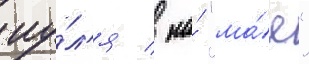
иу́л'я / на́ "ма́е"